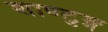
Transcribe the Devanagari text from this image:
शाण्टुङ्ग